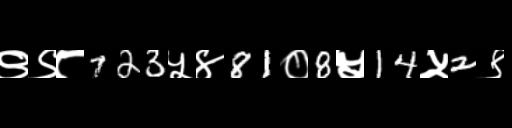
Text: ९९८723५४81०8५14५2९